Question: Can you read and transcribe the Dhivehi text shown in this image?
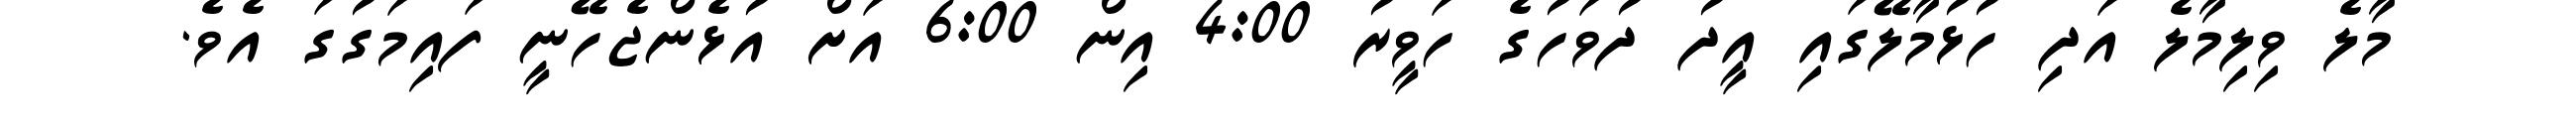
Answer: މާލެ ވިލިމާލެ އަދި ހުޅުމާލޭގައި އީދު ދުވަހުގެ ހަވީރު 4:00 އިން 6:00 އަށް އުޅެންޖެހޭނީ ފައިމަގުގަ އެވެ.